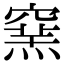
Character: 𥧳